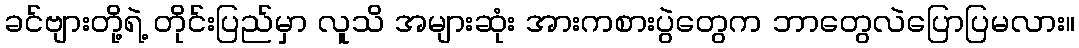
ခင်ဗျားတို့ရဲ့ တိုင်းပြည်မှာ လူသိ အများဆုံး အားကစားပွဲတွေက ဘာတွေလဲပြောပြမလား။